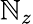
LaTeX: \mathbb{N}_{z}